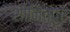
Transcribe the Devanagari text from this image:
शोनित्पुर